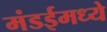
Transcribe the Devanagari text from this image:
मंडईमध्ये